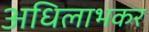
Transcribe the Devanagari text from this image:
अधिलाभकर